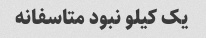
یک کیلو نبود متاسفانه